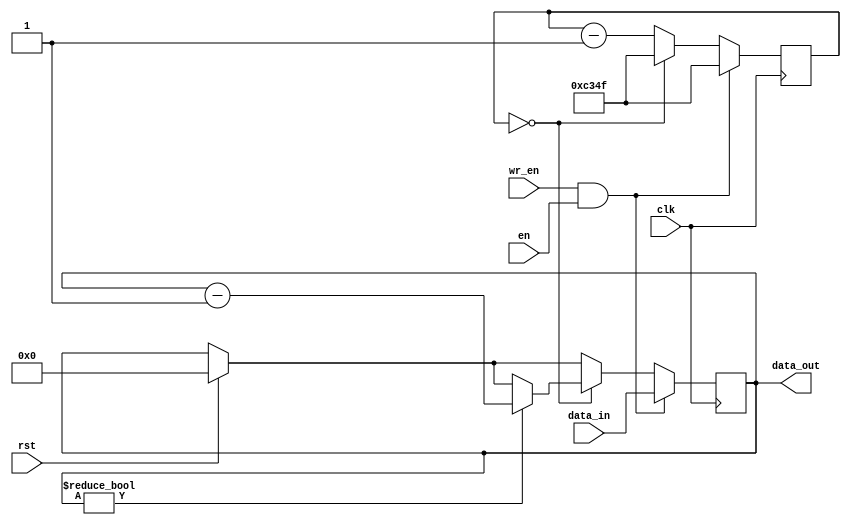
module timer(
    input clk,
    input en,
    input wr_en,
    input rst,
    input [15:0] data_in,
    output [15:0] data_out);
parameter CLOCK_FREQUENCY = 50_000_000;
parameter TICKS_PER_SECOND = 1000;
parameter COUNT = CLOCK_FREQUENCY/TICKS_PER_SECOND -1;
reg [23:0] counter_1 = 0;
reg [15:0] counter_2 = 0;
assign data_out = counter_2;
always @(posedge clk) begin
    if(rst == 1) begin
        counter_1 <= COUNT;
        counter_2 <= 0;
    end
    if(wr_en == 1 && en == 1) begin
        counter_1 <= COUNT;
        counter_2 <= data_in;
    end
    else begin
        if(counter_1 == 0) begin
            counter_1 <= COUNT;
            if(counter_2 != 0)
                counter_2 <= counter_2 - 1;
        end
        else
            counter_1 <= counter_1 - 1;
    end

end


endmodule